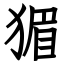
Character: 猸